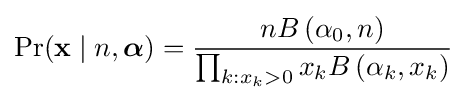
\Pr(\mathbf {x} \mid n,{\boldsymbol {\alpha }})={\frac {nB\left(\alpha _{0},n\right)}{\prod _{k:x_{k}>0}x_{k}B\left(\alpha _{k},x_{k}\right)}}